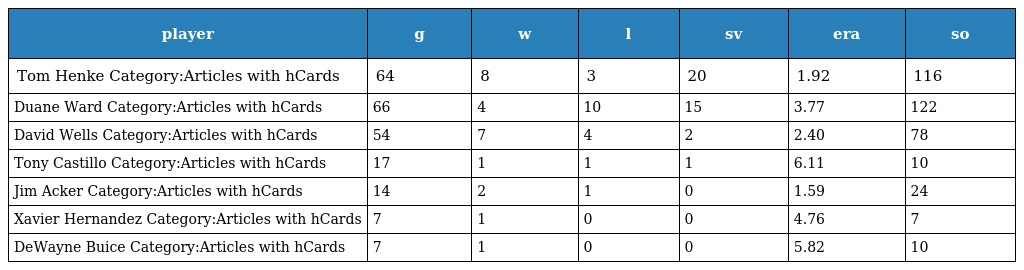
| player | g | w | l | sv | era | so |
 | --- | --- | --- | --- | --- | --- | --- |
 | Tom Henke Category:Articles with hCards | 64 | 8 | 3 | 20 | 1.92 | 116 |
 | Duane Ward Category:Articles with hCards | 66 | 4 | 10 | 15 | 3.77 | 122 |
 | David Wells Category:Articles with hCards | 54 | 7 | 4 | 2 | 2.40 | 78 |
 | Tony Castillo Category:Articles with hCards | 17 | 1 | 1 | 1 | 6.11 | 10 |
 | Jim Acker Category:Articles with hCards | 14 | 2 | 1 | 0 | 1.59 | 24 |
 | Xavier Hernandez Category:Articles with hCards | 7 | 1 | 0 | 0 | 4.76 | 7 |
 | DeWayne Buice Category:Articles with hCards | 7 | 1 | 0 | 0 | 5.82 | 10 |